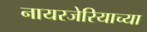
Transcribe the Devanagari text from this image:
नायरजेरियाच्या